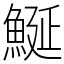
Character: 鯅